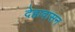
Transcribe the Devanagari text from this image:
देहावासन